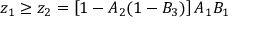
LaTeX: z _ { 1 } \geq z _ { 2 } = \left[ 1 - A _ { 2 } ( 1 - B _ { 3 } ) \right] A _ { 1 } B _ { 1 }